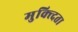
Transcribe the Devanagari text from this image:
मुक्त्दिता